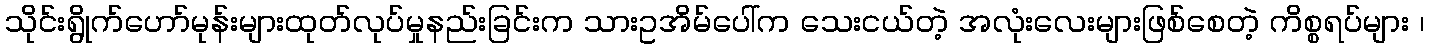
သိုင်းရွိုက်ဟော်မုန်းများထုတ်လုပ်မှုနည်းခြင်းက သားဥအိမ်ပေါ်က သေးငယ်တဲ့ အလုံးလေးများဖြစ်စေတဲ့ ကိစ္စရပ်များ ၊